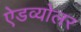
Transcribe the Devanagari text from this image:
ऐडव्योलर